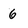
Character: 6